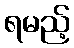
ရမည့်